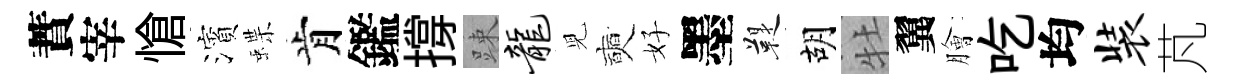
蕡宰愴濱蝶肯鑑撐踈龙児奭好墨鞮胡牡翼膾吃均装芃